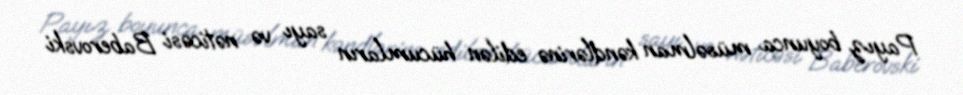
Payız boyunca müsəlman kəndlərinə edilən hücumların sayı və nəticəsi Baberovski